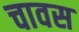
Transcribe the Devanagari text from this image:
चावस